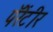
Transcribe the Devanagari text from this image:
पॅरेंटीर